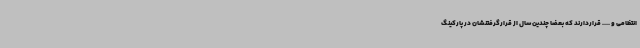
انتظامی و .... قراردارند که بعضا چندین سال از قرارگرفتنشان در پارکینگ